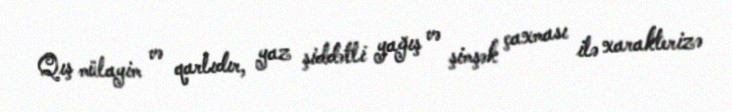
Qış mülayim və qarlıdır, yaz şiddətli yağış və şimşək çaxması ilə xarakterizə